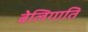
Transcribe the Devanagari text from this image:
बेलिगाति